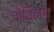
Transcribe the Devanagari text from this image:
केविनग्